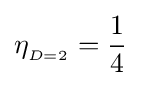
\eta _{_{D=2}}={\frac {1}{4}}